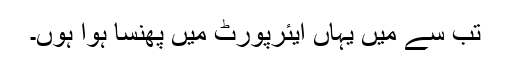
تب سے میں یہاں ایئرپورٹ میں پھنسا ہوا ہوں۔